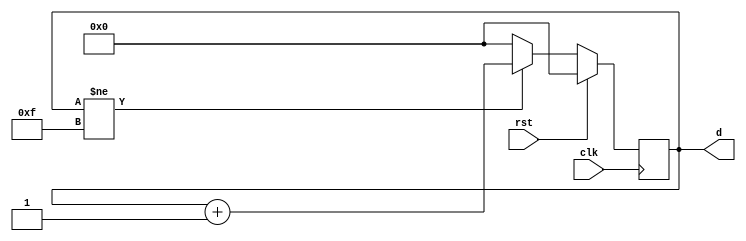
module counter4b(clk,rst,d);
   input clk,rst;
   output reg [3:0]d;
   always @(negedge clk)
    begin
      if(rst==1'b1)
	    d<=4'b0000;
      else
	begin
	    if(d!=4'b1111)
		d<=d+1;
            else
		d<=4'b0000;
         end
    end
endmodule